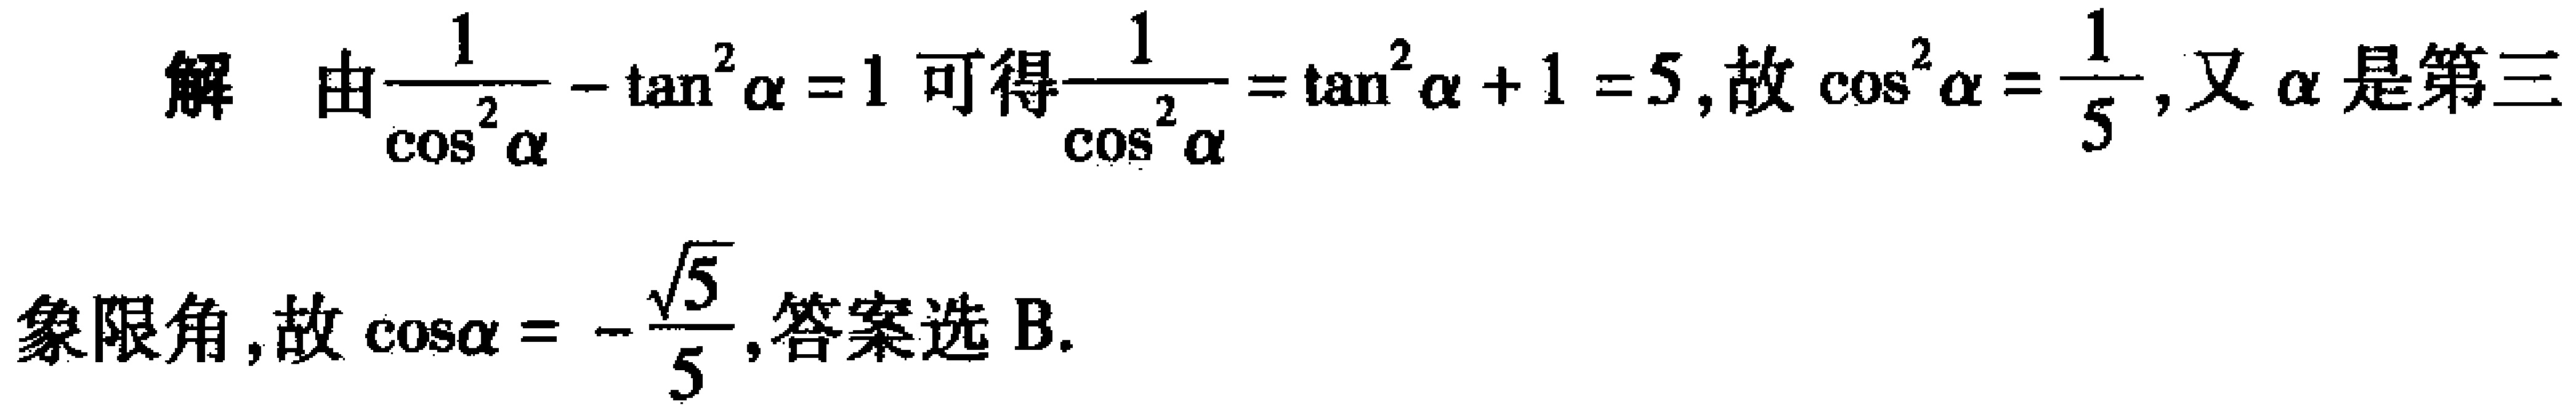
解 由$\frac{1}{\cos^{2}\alpha}-\tan^{2}\alpha = 1$可得$\frac{1}{\cos^{2}\alpha}=\tan^{2}\alpha + 1 = 5$, 故$\cos^{2}\alpha=\frac{1}{5}$, 又$\alpha$是第三象限角, 故$\cos\alpha=-\frac{\sqrt{5}}{5}$, 答案选 B.